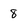
Character: 8